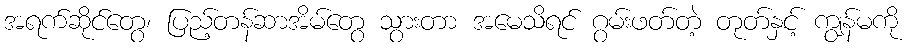
အရက်ဆိုင်တွေ၊ ပြည့်တန်ဆာအိမ်တွေ သွားတာ အမေသိရင် ဂွမ်းဖတ်တဲ့ တုတ်နှင့် ကျွန်မကို